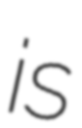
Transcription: is